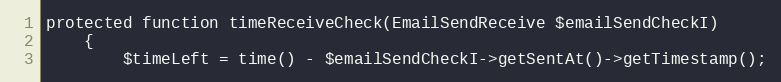
Language: PHP
protected function timeReceiveCheck(EmailSendReceive $emailSendCheckI)
    {
        $timeLeft = time() - $emailSendCheckI->getSentAt()->getTimestamp();